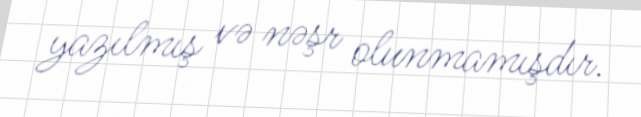
yazılmış və nəşr olunmamışdır.